Lunatic asylums Punjab 1881-1894 - 1881-1894
Year: 1881
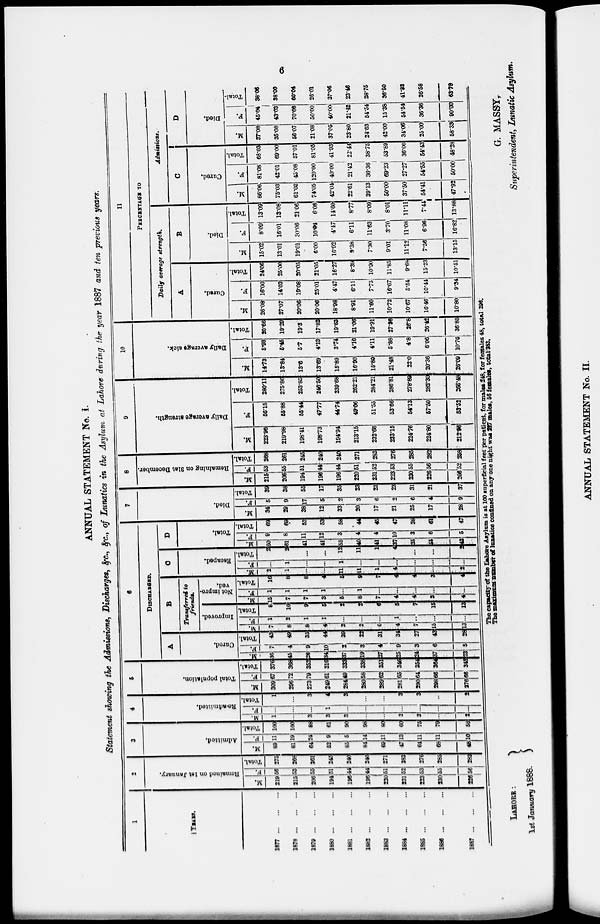
6
ANNUAL STATEMENT No. I.
Statement showing the Admissions, Discharges, &c., &c., of Lunatics in the Asylum at Lahore during the year 1887 and ten previous years.
1
YEARS.
1877
...
...
1878
...
...
1879
...
...
1880
...
...
1881
...
...
1882
...
...
1883
...
...
1884
...
...
1885
...
...
1886
...
...
1887
...
...
2
Remained
on 1st January.
M.
219
215
206
194
196
196
220
231
223
230
226
F.
56
53
55
51
44
44
51
52
53
55
56
Total. |
275
268
261
245
240
240
271
283
276
285
282
3
Admitted.
M.
88
81
64
52
85
84
69
47
64
68
481
F.
11
19
24
9
5
14
11
13
11
11
10
Total.
100
100
88
61
90
98
80
60
75
78
58
4
Re-admitted.
M.
1
...
3
3
3
...
...
3
3
...
2
F.
...
...
...
1
...
...
...
...
...
...
Total.
1
...
3
4
3
...
...
3
3
...
2
5
Total population.
M.
309
296
273
249
284
280
289
281
290
298
276
F.
67
72
79
61
49
58
62
65
64
66
66
Total.
376
368
352
310
333
338
351
346
354
364
342
6
DISCHARGED.
A
Cured.
M.
36
45
36
14
37
19
27
25
24
37
23
F.
7
4
9
10
2
3
4
9
3
6
5
Total.
43
49
35
44
39
22
31
34
27
43
28
B
Tratuferred
friends.
Improved.
M.
7
8
8
4
2
2
6
4
7
15
13
F.
1
2
1
1
...
...
...
1
...
...
...
Total.
8
10
9
5
2
2
6
5
7
15
13
Not impro-
ved.
M.
15
7
7
3
5
8
7
4
4
3
4
F.
1
1
1
1
...
1
...
...
...
...
...
Total.
16
8
8
4
5
9
7
4
4
3
4
C
Escaped.
M.
2
1
...
...
11
11
1
4
...
...
2
F.
...
1
...
...
1
...
...
...
...
...
...
Total.
2
2
...
...
12
11
1
4
...
...
2
D
Total.
M.
60
61
41
41
55
40
41
37
35
55
42
F.
9
8
11
12
3
4
4
10
3
6
5
Total.
69
69
52
53
58
44
45
47
38
61
47
7
Di ed.
M.
34
29
38
12
33
20
17
21
25
17
28
F.
5
9
17
5
2
3
6
2
6
4
9
Total.
39
38
55
17
35
23
23
23
31
21
37
8
Remaining on 31st December.
M.
215
206
194
196
196
220
231
223
230
226
206
F.
53
55
51
44
44
51
52
53
55
56
52
Total.
268
261
245
240
240
271
283
276
285
282
258
9
Daily average strength.
M.
223.96
219.98
198.41
198.73
194.94
213.15
232.66
233.15
224.76
224.80
212.96
F.
56.15
55.88
55.44
47.77
44.74
49.06
51.55
53.66
54.13
57.50
53.52
Total.
280.11
275.86
253.85
246.50
239.68
262.21
284.21
286.81
278.88
282.30
266.48
10
Daily average sick.
M.
14.73
13.84
13.6
13.69
15.89
16.90
15.80
21.48
22.0
20.36
26.09
F.
5.93
5.45
5.7
4.13
3.74
4.16
4.11
5.88
4.8
6.06
10.76
Total.
20.66
19.29
19.3
17.82
19.63
21.06
19.91
27.36
26.8
26.42
36.85
11
PERCENTAGE TO
Daily average strength.
A
Cured.
M.
26.08
27.07
20.06
20.06
18.98
8.91
11.60
10.72
10.67
16.46
10.80
F.
16.00
14.03
19.08
25.01
4.47
6.11
7.75
16.67
5.54
10.44
9.34
Total.
24.06
25.00
20.05
21.05
16.27
8.39
10.90
11.85
9.68
15.23
10.51
B
Died.
M.
15.02
13.01
19.01
6.00
16.92
9.38
7.30
9.01
11.12
7.56
13.15
F.
8.09
16.01
30.06
10.94
4.47
6.11
11.63
3.70
11.08
6.96
16.82
Total.
13.09
13.08
21.06
6.08
14.60
8.77
8.09
8.01
11.11
7.44
13.88
Admissions.
C
Cured.
M.
66.06
75.03
61.02
74.05
42.04
22.61
39.13
50.00
37.50
54.41
47.92
F.
81.08
42.01
45.08
120.00
40.00
21.42
36.36
69.23
27.27
54.55
50.00
Total.
68.03
69.00
57.01
81.05
41.93
22.44
38.75
53.89
36.00
54.43
48.28
D
Died.
M.
37.08
35.08
56.07
21.08
37.05
23.80
24.63
42.00
34.06
25.00
58.3.
F.
45.04
43.03
70.08
50.00
40.00
21.42
54.54
15.38
54.54
36.36
90.00
Total.
38.06
38.00
60.04
26.01
37.06
23.46
28.75
36.50
41.33
26.58
63.79
The capacity of the Lahore Asylum is at 100 superficial feet per patient, for males 248, for females 48, total 296 .
The maximum number of lunatics confined on any one night was 237 males, 56 females, total 283.
LAHORE :
1st January 1888.
G. MASSY ,
Superintendent, Lunatic Asylum.